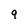
Character: 9